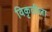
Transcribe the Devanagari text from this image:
विकृतीला